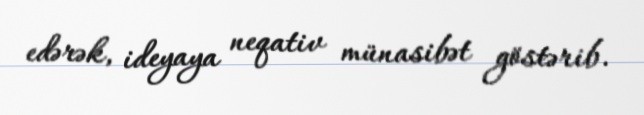
edərək, ideyaya neqativ münasibət göstərib.